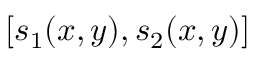
[ s _ { 1 } ( x , y ) , s _ { 2 } ( x , y ) ]